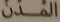
المدن